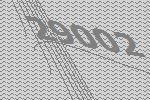
29002